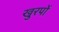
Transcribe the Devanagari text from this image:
खुरपों